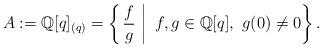
LaTeX: \begin{align*}A := \mathbb{Q}[q]_{(q)} = \left\{ \left. \frac{f}{g} \ \right| \ f, g \in \mathbb{Q}[q], \ g(0) \not= 0 \right\}.\end{align*}